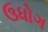
ઉધોગ